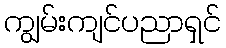
ကျွမ်းကျင်ပညာရှင်